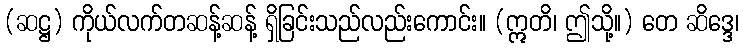
(ဆဋ္ဌ) ကိုယ်လက်တဆန့်ဆန့် ရှိခြင်းသည်လည်းကောင်း။ (ဣတိ၊ ဤသို့။) တေ ဆိဒ္ဒေ၊